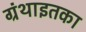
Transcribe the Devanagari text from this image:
ग्रंथाइतका